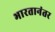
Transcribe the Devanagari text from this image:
भारतानंतर